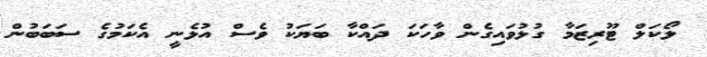
ލޯކަލް ޓޫރިޒަމާ ގުޅުވައިގެން ވާހަކަ ދައްކާ ބަޔަކު ވެސް އުޅެނީ އެކަމުގެ ސަބަބުން